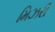
મિઝરી